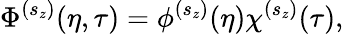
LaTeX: \Phi^{(s_{z})}(\eta,\tau)=\phi^{(s_{z})}(\eta)\chi^{(s_{z})}(\tau),